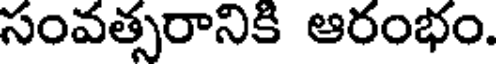
సంవత్సరానికి ఆరంభం.